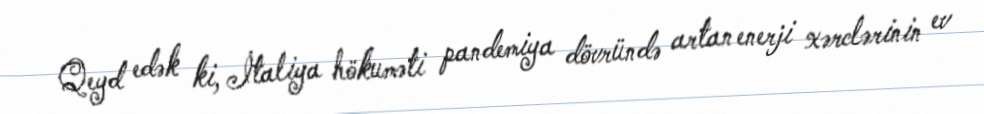
Qeyd edək ki, İtaliya hökuməti pandemiya dövründə artan enerji xərclərinin ev